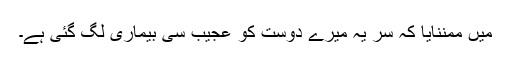
میں ممننایا کہ سر یہ میرے دوست کو عجیب سی بیماری لگ گئی ہے۔